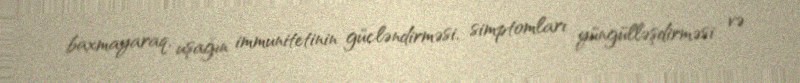
baxmayaraq, uşağın immunitetinin gücləndirməsi, simptomları yüngülləşdirməsi və